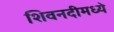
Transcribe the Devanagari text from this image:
शिवनदीमध्ये